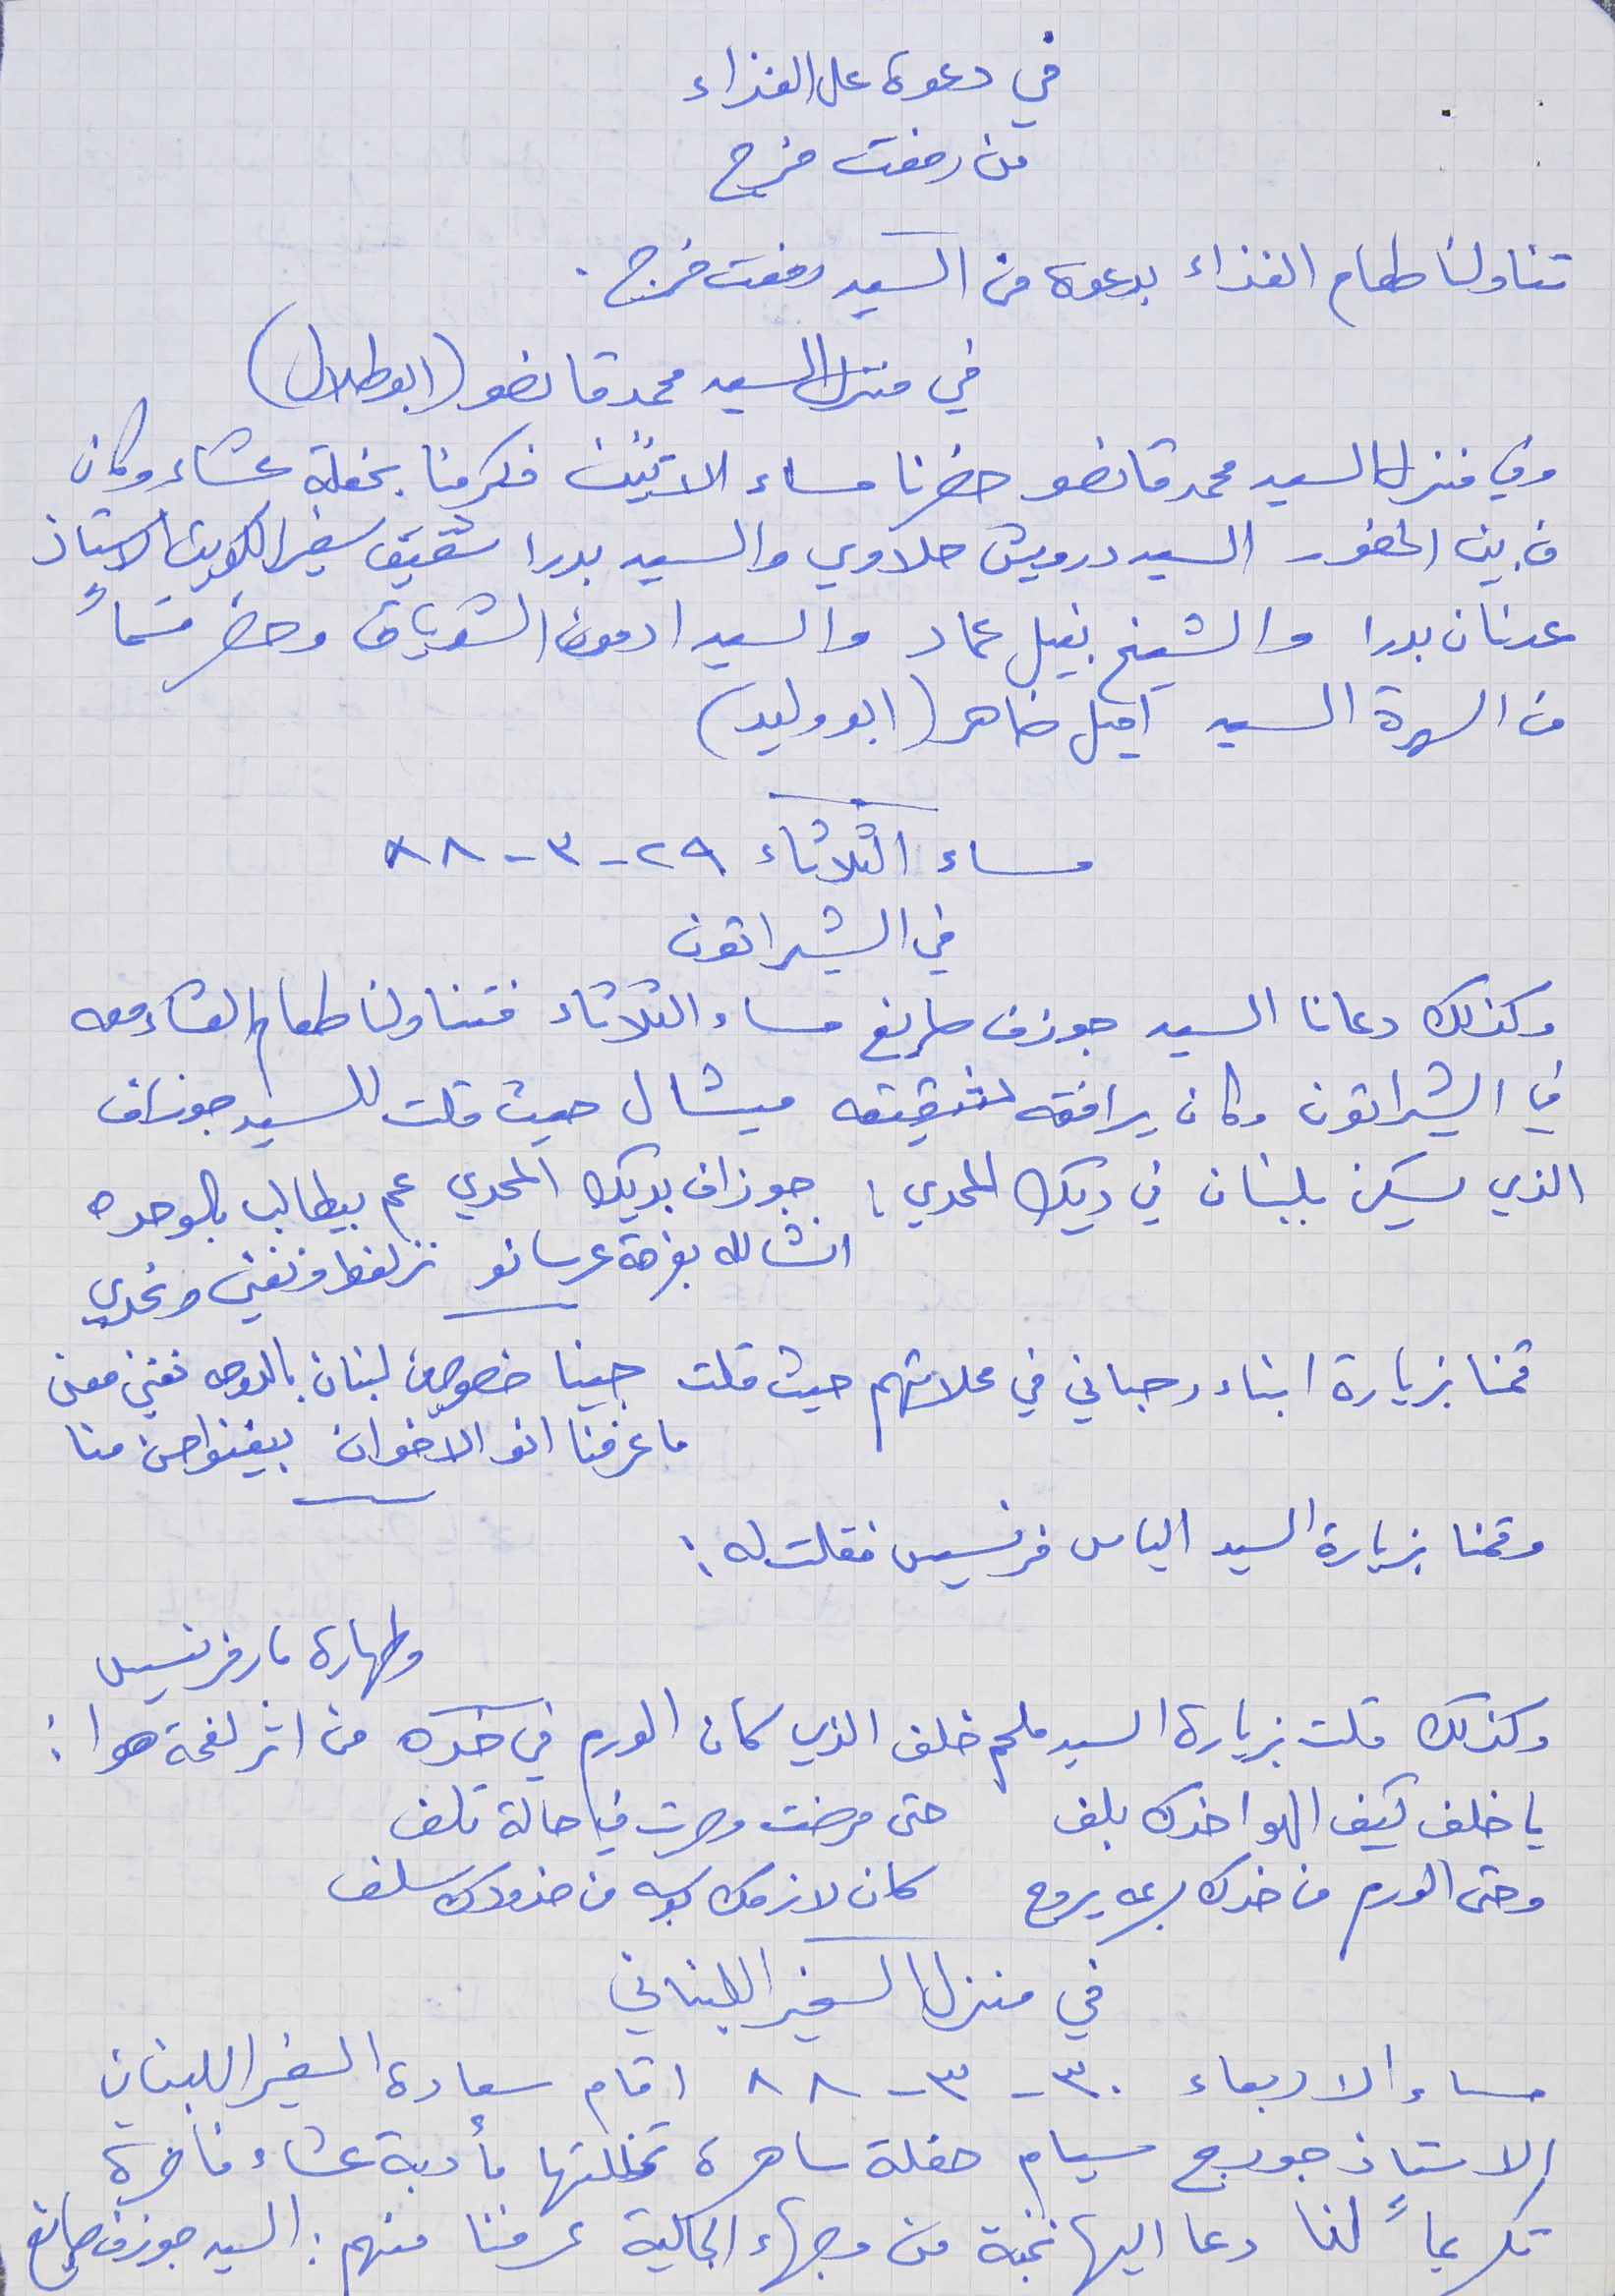
في دعوة على الغذاء
    من رفعت فرج
تناولنا طعام الغذاء بدعوة من السيد رفعت فرج .
في منزل السيد محمد قانصو (ابوطلال)
 وفي منزل السيد محمد قانصو حضرنا مساء الاثنين فكرمنا بحفلة عشاء وكان
من بين الحضور السيد درويش حلاوي والسيد بدرا شقيق سفير الكويت الاستاذ
عدنان بدرا والشيخ نبيل عماد والسيد ادمون الشدياق وحضر قسماً
من السهرة السيد آميل ضاهر (ابو وليد )
 مساء الثلثاء ٢٩ - ٣- ٨٨
 وكذلك دعانا السيد جوزف صايغ مساء الثلاثاء فتناولنا طعام العشاء معه
في الشيراتون وكان يرافقه شقيقه ميشال حيث قلت للسيد جوزاف
 الذي يسكن بلبنان في ديك المحدي : جوزاف بديك المحدي عم بيطالب بالوحده
انشالله بفرحة عرسانو     نزلغط ونغني ونحدي
 قمنا بزيارة ابناء رحباني في محلاتهم حيث قلت جينا خصوصي من لبنان      بالدوحه نغني معنى
 ما عرفنا انو الاخوان     بيغنو احسن منا
 وقمنا بزيارة السيد الياس فرنسيس فقلت له :
 وكذلك قلت بزيارة السيد ملحم خلف الذي كان الورم في خده من اثر لفحة هوا :
 يا خلف كيف الهوا خدك بلف      حتى مرضت وصرت في حالة تلف
 وحتى الورم من خدك بسرعه يروح   كان لازمك بوسه من خدودك سلف
مساء الاربعاء ٣٠ - ٣-٨٨ اقام سعادة السفير اللبناني
الاستاذ جورج سيام حفلة ساهرة تخللتها مأدبة عشاء فاخرة
تكريماً لنا دعا اليها نخبة من وجهاء الجالية عرفنا منهم : السيد جوزف صايغ
في الشيراتون
وطهارة مار فرنسيس
في منزل السفير اللبناني